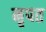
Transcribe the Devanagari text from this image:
नृपत